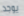
يوجد